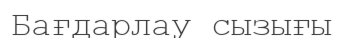
Бағдарлау сызығы